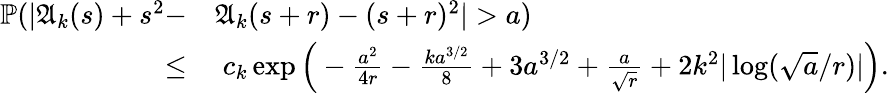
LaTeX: \begin{array}{rl}{\mathbb{P}(|\mathfrak{A}_{k}(s)+s^{2}-}&{\mathfrak{A}_{k}(s+r)-(s+r)^{2}|>a)}\\ {\le}&{\; c_{k}\exp\Big(-\frac{a^{2}}{4r}-\frac{ka^{3/2}}{8}+3a^{3/2}+\frac{a}{\sqrt{r}}+2k^{2}|\log(\sqrt{a}/r)|\Big).}\end{array}